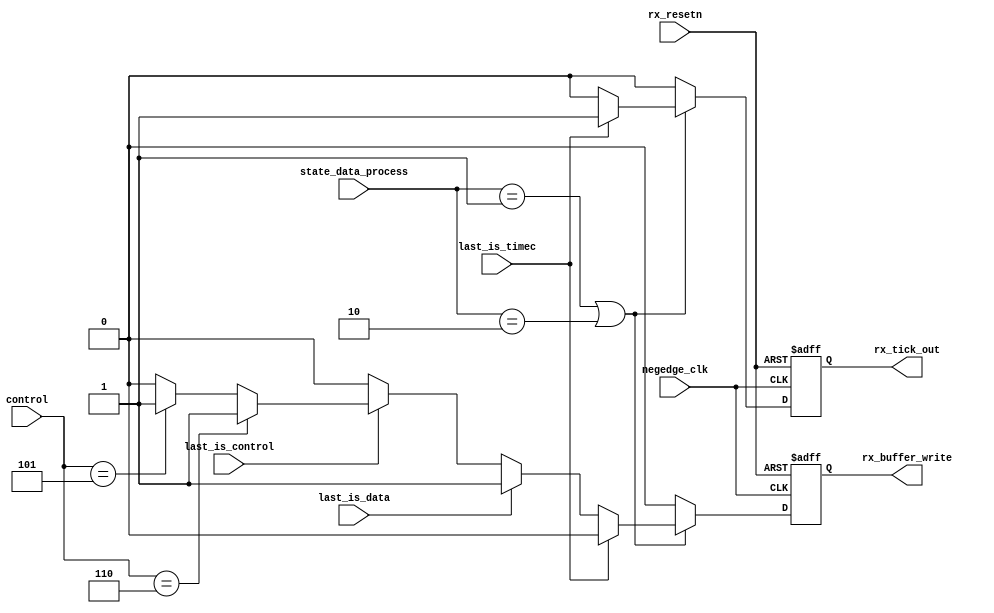
module rx_data_buffer_data_w (
				input negedge_clk,
				input rx_resetn,

				input [1:0] state_data_process,
				input [2:0] control, 
				input last_is_timec,
				input last_is_data,
				input last_is_control,

				output reg rx_buffer_write,
				output reg rx_tick_out
			     );

always@(posedge negedge_clk or negedge rx_resetn)
begin
	
	if(!rx_resetn)
	begin
		rx_buffer_write <= 1'b0;
		rx_tick_out 	<= 1'b0;
	end
	else
	begin

		if(state_data_process == 2'd1 || state_data_process == 2'd2)
		begin	
			if(last_is_timec == 1'b1)
			begin
				rx_tick_out  <= 1'b1;
				rx_buffer_write <= 1'b0;
			end
			else if(last_is_data == 1'b1)
			begin
				rx_buffer_write <= 1'b1;
				rx_tick_out 	<= 1'b0;
			end
			else if(last_is_control == 1'b1)
			begin
				if(control[2:0] == 3'd6)
				begin
					rx_buffer_write <= 1'b1;
					rx_tick_out 	<= 1'b0;
				end
				else if(control[2:0] == 3'd5)
				begin
					rx_buffer_write <= 1'b1;
					rx_tick_out 	<= 1'b0;
				end	
				else
				begin
					rx_buffer_write <= 1'b0;
					rx_tick_out 	<= 1'b0;
				end			
			end
			else
			begin
				rx_buffer_write <= 1'b0;
				rx_tick_out 	<= 1'b0;
			end
		end
		else
		begin
			rx_buffer_write <= 1'b0;
			rx_tick_out 	<= 1'b0;
		end
	end
end

endmodule